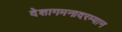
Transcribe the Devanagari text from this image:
देशागमनादरम्यान